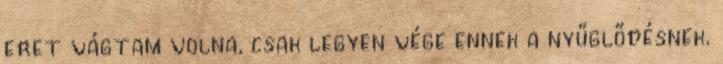
eret vágtam volna, csak legyen vége ennek a nyűglődésnek.